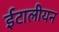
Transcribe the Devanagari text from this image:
ईटालीयन